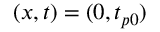
( x , t ) = ( 0 , t _ { p 0 } )